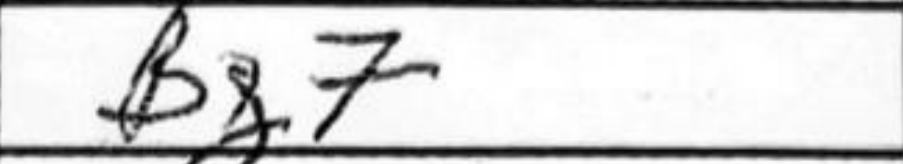
Transcription: Bg7